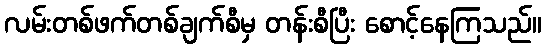
လမ်းတစ်ဖက်တစ်ချက်စီမှ တန်းစီပြီး စောင့်နေကြသည်။